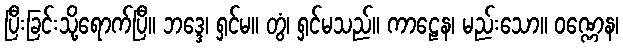
ပြီးခြင်းသို့ရောက်ပြီ။ ဘဒ္ဒေ၊ ရှင်မ။ တွံ၊ ရှင်မသည်။ ကာဠေန၊ မည်းသော။ ဝဏ္ဏေန၊